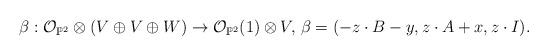
LaTeX: \begin{align*}\beta:\mathcal{O}_{\mathbb{P}^{2}}\otimes(V\oplus V\oplus W)\rightarrow\mathcal{O}_{\mathbb{P}^{2}}(1)\otimes V,\,\beta=(-z\cdot B-y,z\cdot A+x,z\cdot I).\end{align*}